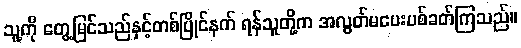
သူ့ကို တွေ့မြင်သည်နှင့်တစ်ပြိုင်နက် ရန်သူတို့က အလွတ်မပေးပစ်ခတ်ကြသည်။